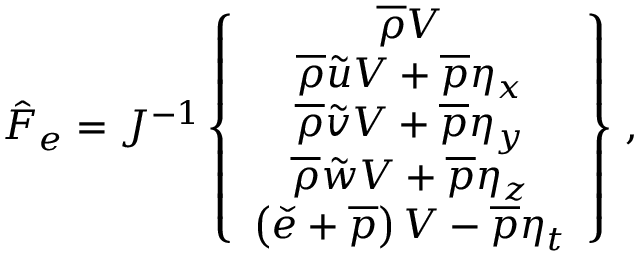
\hat { F } _ { e } = J ^ { - 1 } \left\{ \begin{array} { c } { \overline { { \rho } } V } \\ { \overline { { \rho } } \tilde { u } V + \overline { { p } } \eta _ { x } } \\ { \overline { { \rho } } \tilde { v } V + \overline { { p } } \eta _ { y } } \\ { \overline { { \rho } } \tilde { w } V + \overline { { p } } \eta _ { z } } \\ { \left( \check { e } + \overline { { p } } \right) V - \overline { { p } } \eta _ { t } } \end{array} \right\} \, \mathrm { , }